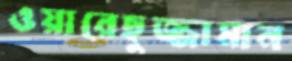
ওয়ারেছুজ্জামান